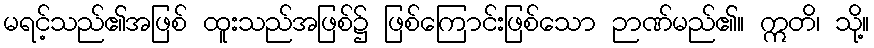
မရင့်သည်၏အဖြစ် ထူးသည်အဖြစ်၌ ဖြစ်ကြောင်းဖြစ်သော ဉာဏ်မည်၏။ ဣတိ၊ သို့။